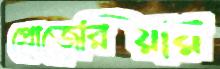
প্রোজেরিয়ায়